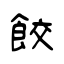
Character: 餃